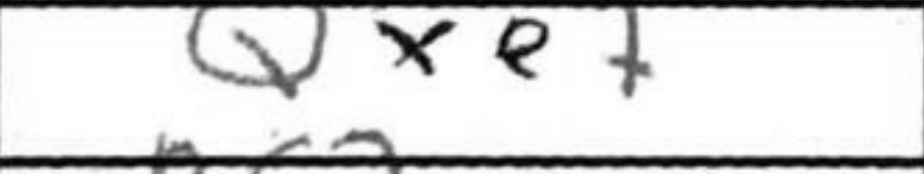
Transcription: Qxe+